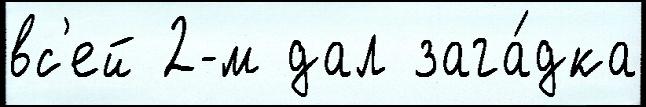
вс'ей 2-м дал зага́дка